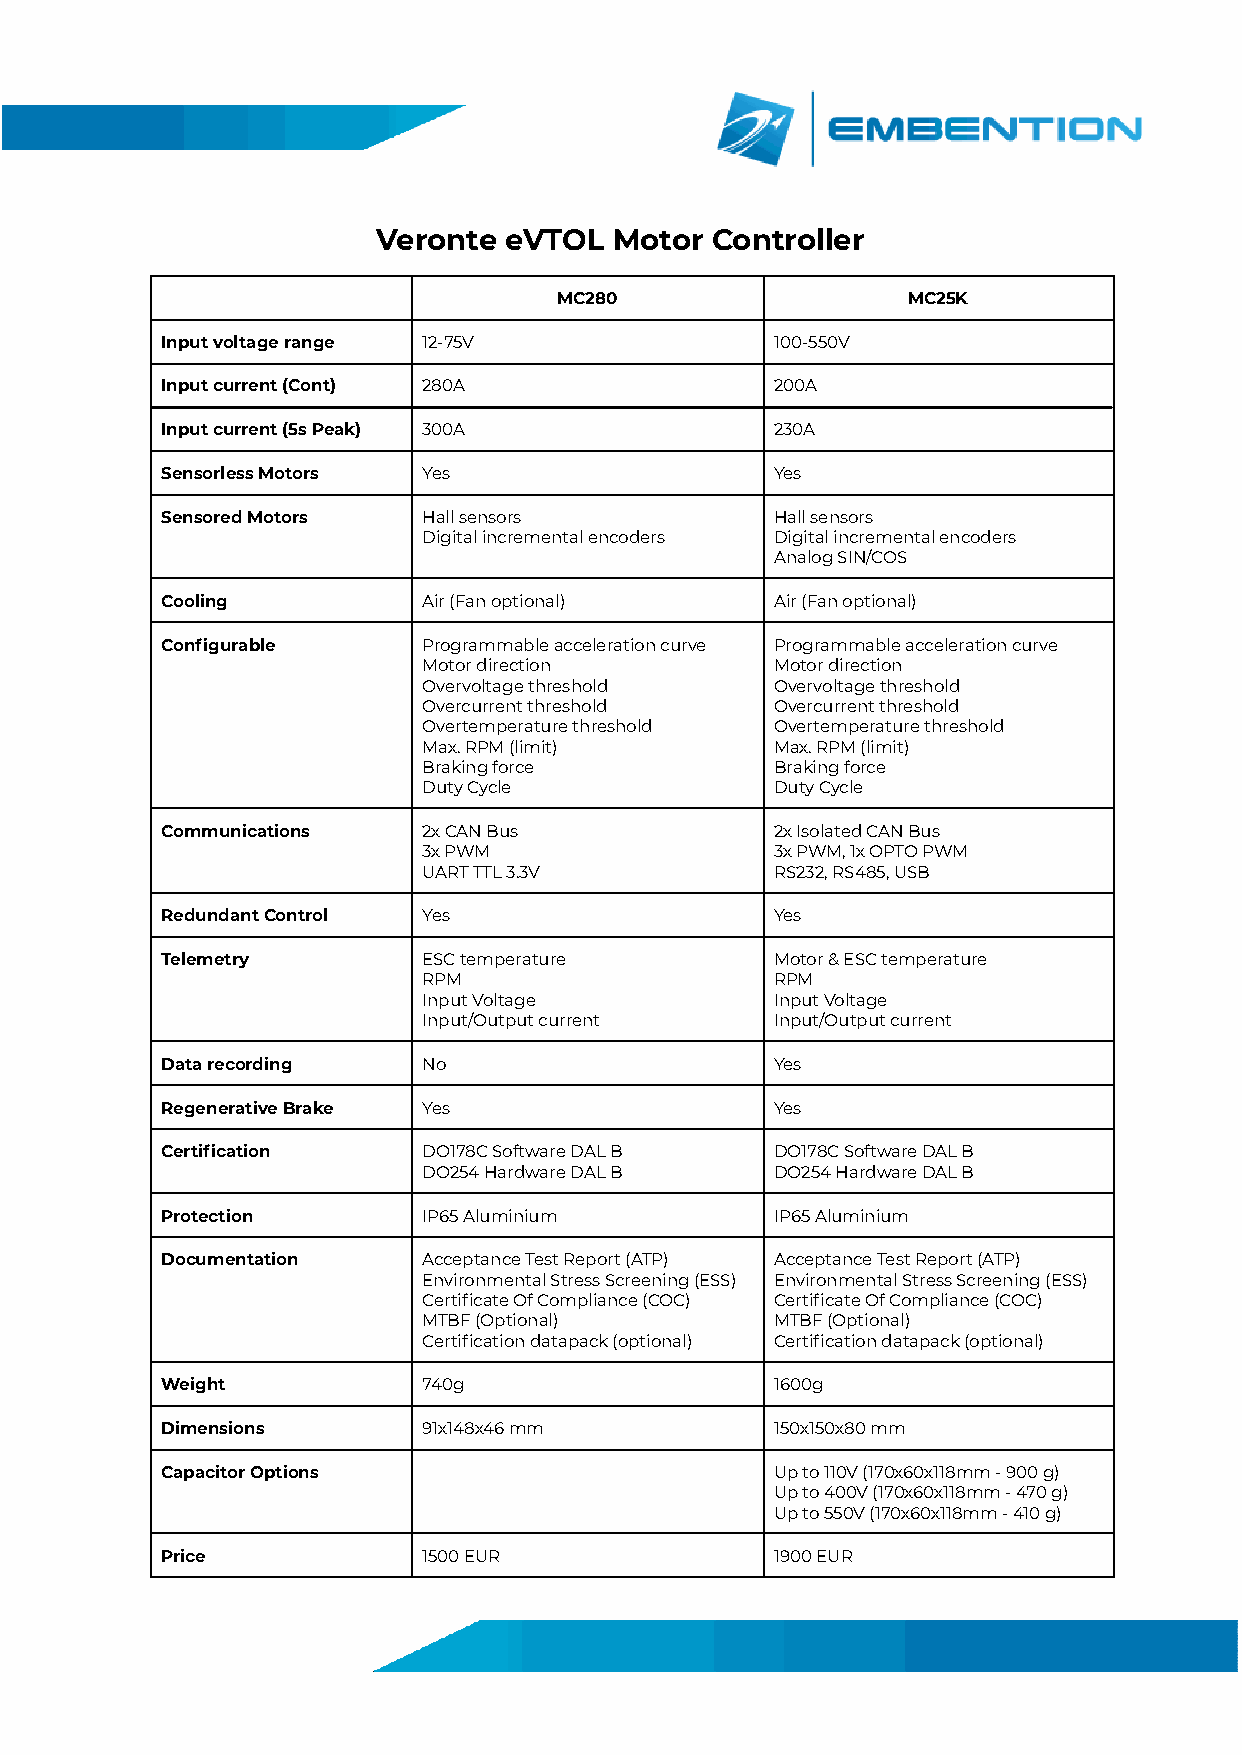
Veronte eVTOL   Motor Controller
 MC280                  MC25K
 Input voltage range 12-75V              100-550V
 Input current (Cont) 280A               200A
 Input current (5s Peak) 300A            230A
 Sensorless Motors Yes                   Yes
 Sensored Motors  Hall sensors           Hall sensors
 Digital incremental encoders Digital incremental encoders
 Analog SIN/COS
 Cooling          Air (Fan optional)     Air (Fan optional)
 Configurable     Programmable acceleration curve Programmable acceleration curve
 Motor direction        Motor direction
 Overvoltage threshold  Overvoltage threshold
 Overcurrent threshold  Overcurrent threshold
 Overtemperature threshold Overtemperature threshold
 Max. RPM (limit)       Max. RPM (limit)
 Braking force          Braking force
 Duty Cycle             Duty Cycle
 Communications   2x CAN Bus             2x Isolated CAN Bus
 3x PWM                 3x PWM, 1x OPTO PWM
 UART TTL 3.3V          RS232, RS485, USB
 Redundant Control Yes                   Yes
 Telemetry        ESC temperature        Motor & ESC temperature
 RPM                    RPM
 Input Voltage          Input Voltage
 Input/Output current   Input/Output current
 Data recording   No                     Yes
 Regenerative Brake Yes                  Yes
 Certification    DO178C Software DAL B  DO178C Software DAL B
 DO254 Hardware DAL B   DO254 Hardware DAL B
 Protection       IP65 Aluminium         IP65 Aluminium
 Documentation    Acceptance Test Report (ATP) Acceptance Test Report (ATP)
 Environmental Stress Screening (ESS) Environmental Stress Screening (ESS)
 Certificate Of Compliance (COC) Certificate Of Compliance (COC)
 MTBF (Optional)        MTBF (Optional)
 Certification datapack (optional) Certification datapack (optional)
 Weight           740g                   1600g
 Dimensions       91x148x46 mm           150x150x80 mm
 Capacitor Options                       Up to 110V (170x60x118mm - 900 g)
 Up to 400V (170x60x118mm - 470 g)
 Up to 550V (170x60x118mm - 410 g)
 Price            1500 EUR               1900 EUR